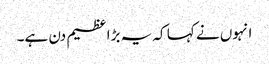
انہوں نے کہا کہ یہ بڑا عظیم دن ہے۔